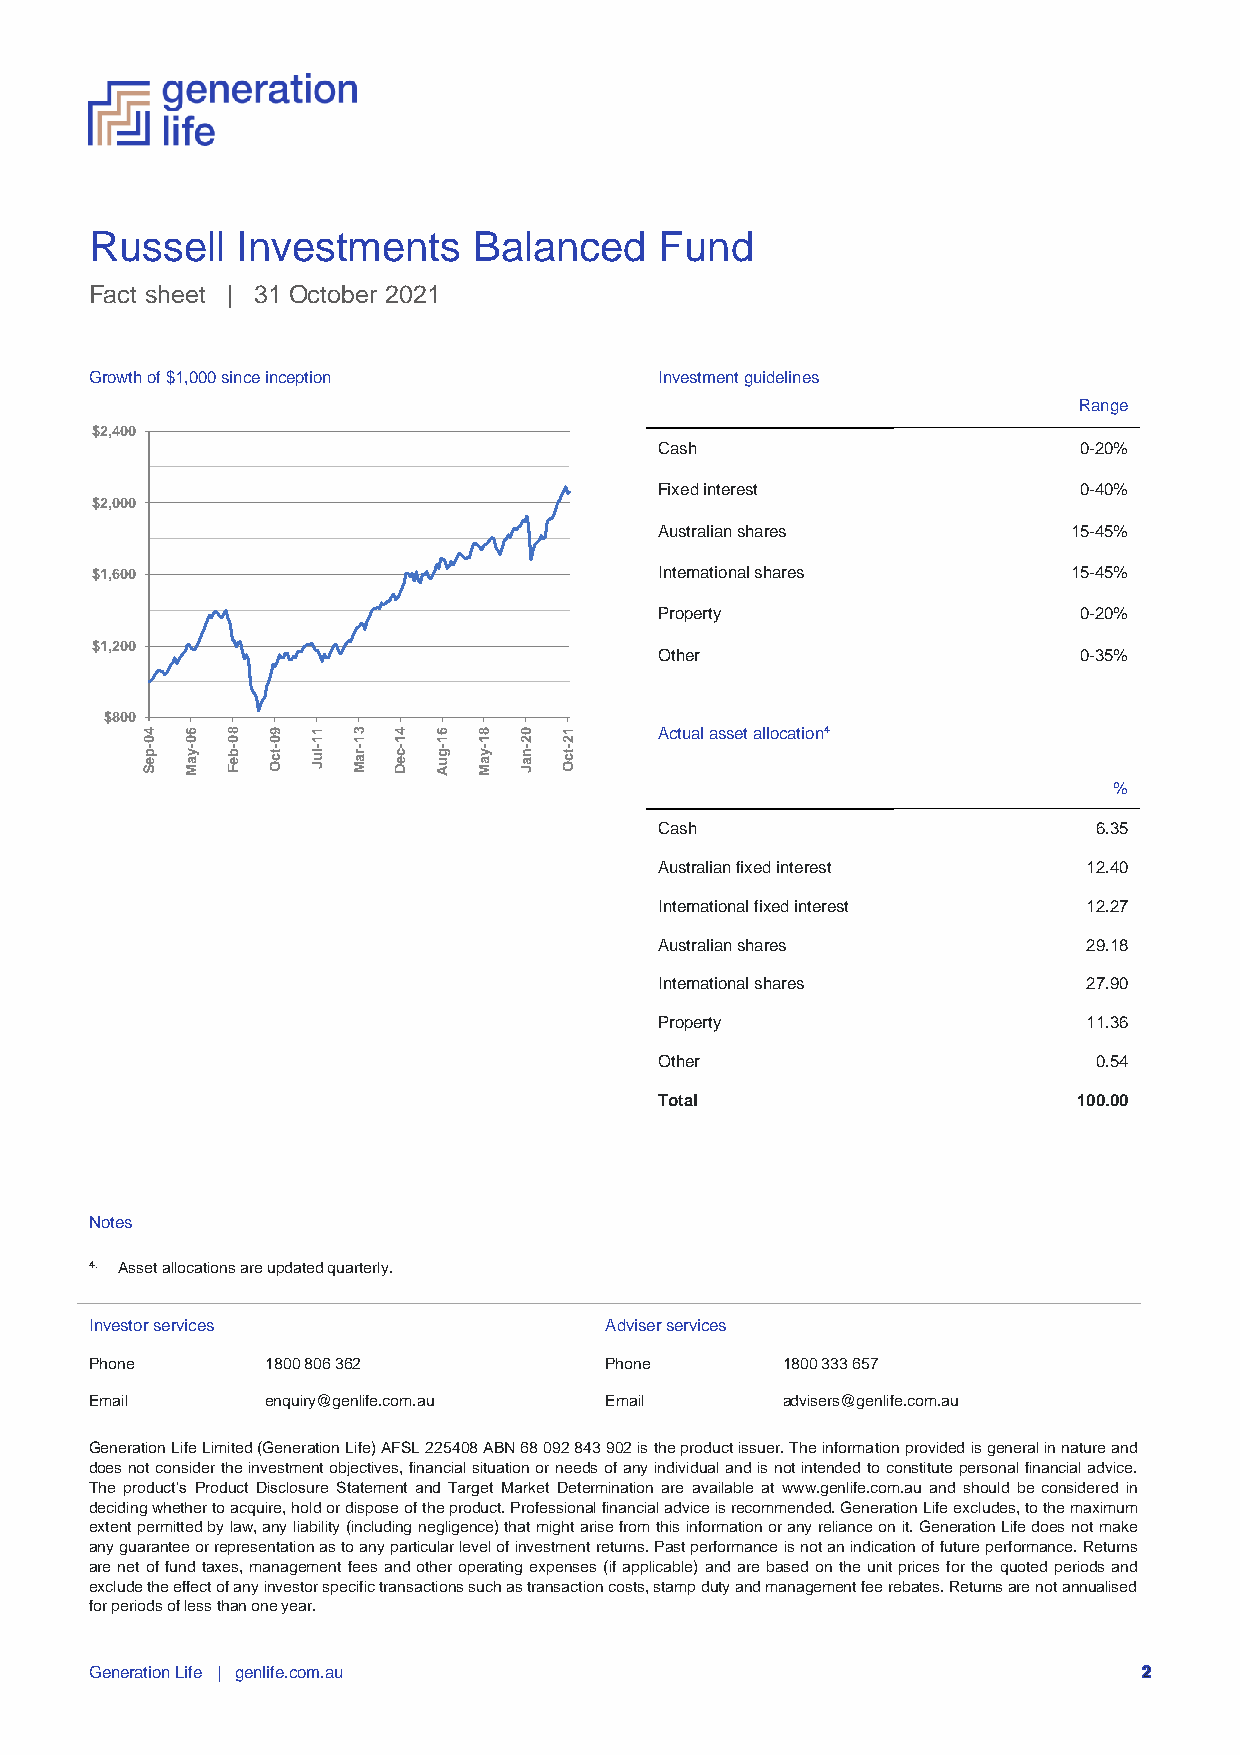
Russell   Investments    Balanced     Fund
 Fact sheet | 31 October 2021
 Growth of $1,000 since inception      Investment guidelines
 Range
 $2,400
 Cash                       0-20%
 Fixed interest             0-40%
 $2,000
 Australian shares          15-45%
 $1,600                                International shares       15-45%
 Property                   0-20%
 $1,200
 Other                      0-35%
 $800
 4  6  8  9  1 3  4  6  8 0  1      Actual asset allocation4
 0  0  0  0  1 1  1  1  1 2  2
 -p
 e S
 -y
 a M
 -b
 e F
 -tc
 O
 -lu
 J
 -ra
 M
 -c
 e D
 -g
 u A
 -y
 a M
 -n
 a J
 -tc
 O
 %
 Cash                         6.35
 Australian fixed interest   12.40
 International fixed interest 12.27
 Australian shares           29.18
 International shares        27.90
 Property                    11.36
 Other                        0.54
 Total                      100.00
 Notes
 4. Asset allocations are updated quarterly.
 Investor services                 Adviser services
 Phone       1800 806 362          Phone       1800 333 657
 Email       enquiry@genlife.com.au Email      advisers@genlife.com.au
 Generation Life Limited (Generation Life) AFSL 225408 ABN 68 092 843 902 is the product issuer. The information provided is general in nature and
 does not consider the investment objectives, financial situation or needs of any individual and is not intended to constitute personal financial advice.
 The product’s Product Disclosure Statement and Target Market Determination are available at www.genlife.com.au and should be considered in
 deciding whether to acquire, hold or dispose of the product. Professional financial advice is recommended. Generation Life excludes, to the maximum
 extent permitted by law, any liability (including negligence) that might arise from this information or any reliance on it. Generation Life does not make
 any guarantee or representation as to any particular level of investment returns. Past performance is not an indication of future performance. Returns
 are net of fund taxes, management fees and other operating expenses (if applicable) and are based on the unit prices for the quoted periods and
 exclude the effect of any investor specific transactions such as transaction costs, stamp duty and management fee rebates. Returns are not annualised
 for periods of less than one year.
 Generation Life | genlife.com.au